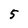
Character: 5